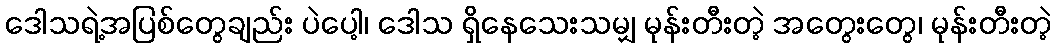
ဒေါသရဲ့အပြစ်တွေချည်း ပဲပေါ့၊ ဒေါသ ရှိနေသေးသမျှ မုန်းတီးတဲ့ အတွေးတွေ၊ မုန်းတီးတဲ့